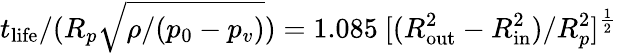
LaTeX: t_{\mathrm{life}}/(R_{p}\sqrt{\rho/(p_{0}-p_{v})})=1.085~[(R_{\mathrm{out}}^{2}-R_{\mathrm{in}}^{2})/R_{p}^{2}]^{\frac{1}{2}}